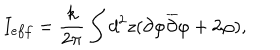
LaTeX: I _ { e f f } = \frac { k } { 2 \pi } \int d ^ { 2 } z ( \partial \varphi \overline { { { \partial } } } \varphi + 2 \varphi ) ,